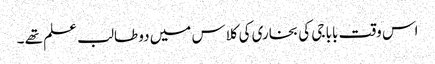
اس وقت بابا جی کی بخاری کی کلاس میں دو طالب علم تھے ۔